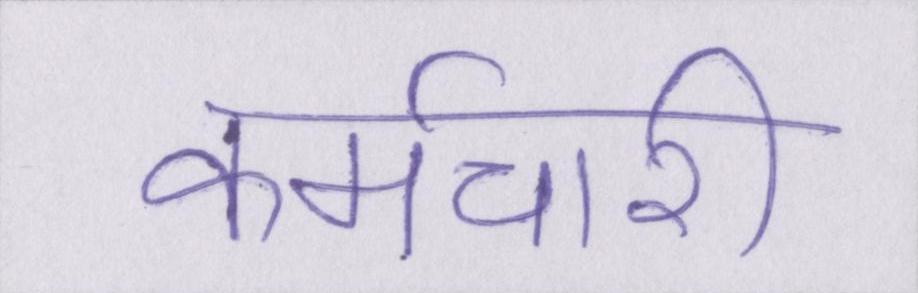
कर्मचारी